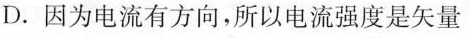
D.因为电流有方向，所以电流强度是矢量